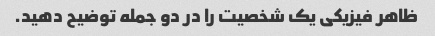
ظاهر فیزیکی یک شخصیت را در دو جمله توضیح دهید.